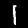
Digit: 1